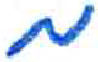
אות: מ